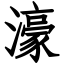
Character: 濠